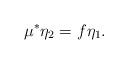
LaTeX: \begin{align*}\mu^*\eta_2=f\eta_1.\end{align*}